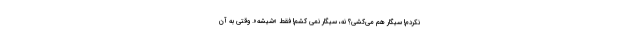
نکردم! سیگار هم می‌کشی؟ نه، سیگار نمی کشم! فقط «شیشه». وقتی به آن